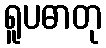
ရူပဓာတု